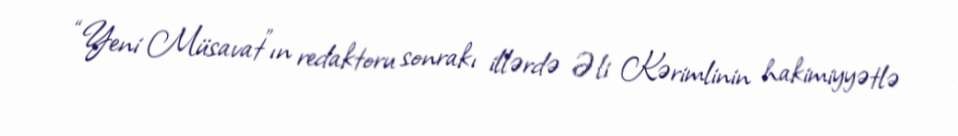
“Yeni Müsavat”ın redaktoru sonrakı illərdə Əli Kərimlinin hakimiyyətlə